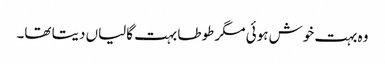
وہ بہت خوش ہوئی مگر طوطا بہت گالیاں دیتا تھا۔